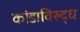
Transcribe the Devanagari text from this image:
कांडाविरुद्ध